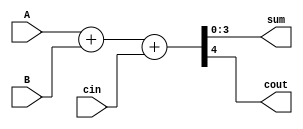
module arithmetic_block (
    input [3:0] A,
    input [3:0] B,
    input cin,
    output [3:0] sum,
    output cout
);

assign {cout, sum} = A + B + cin;

endmodule